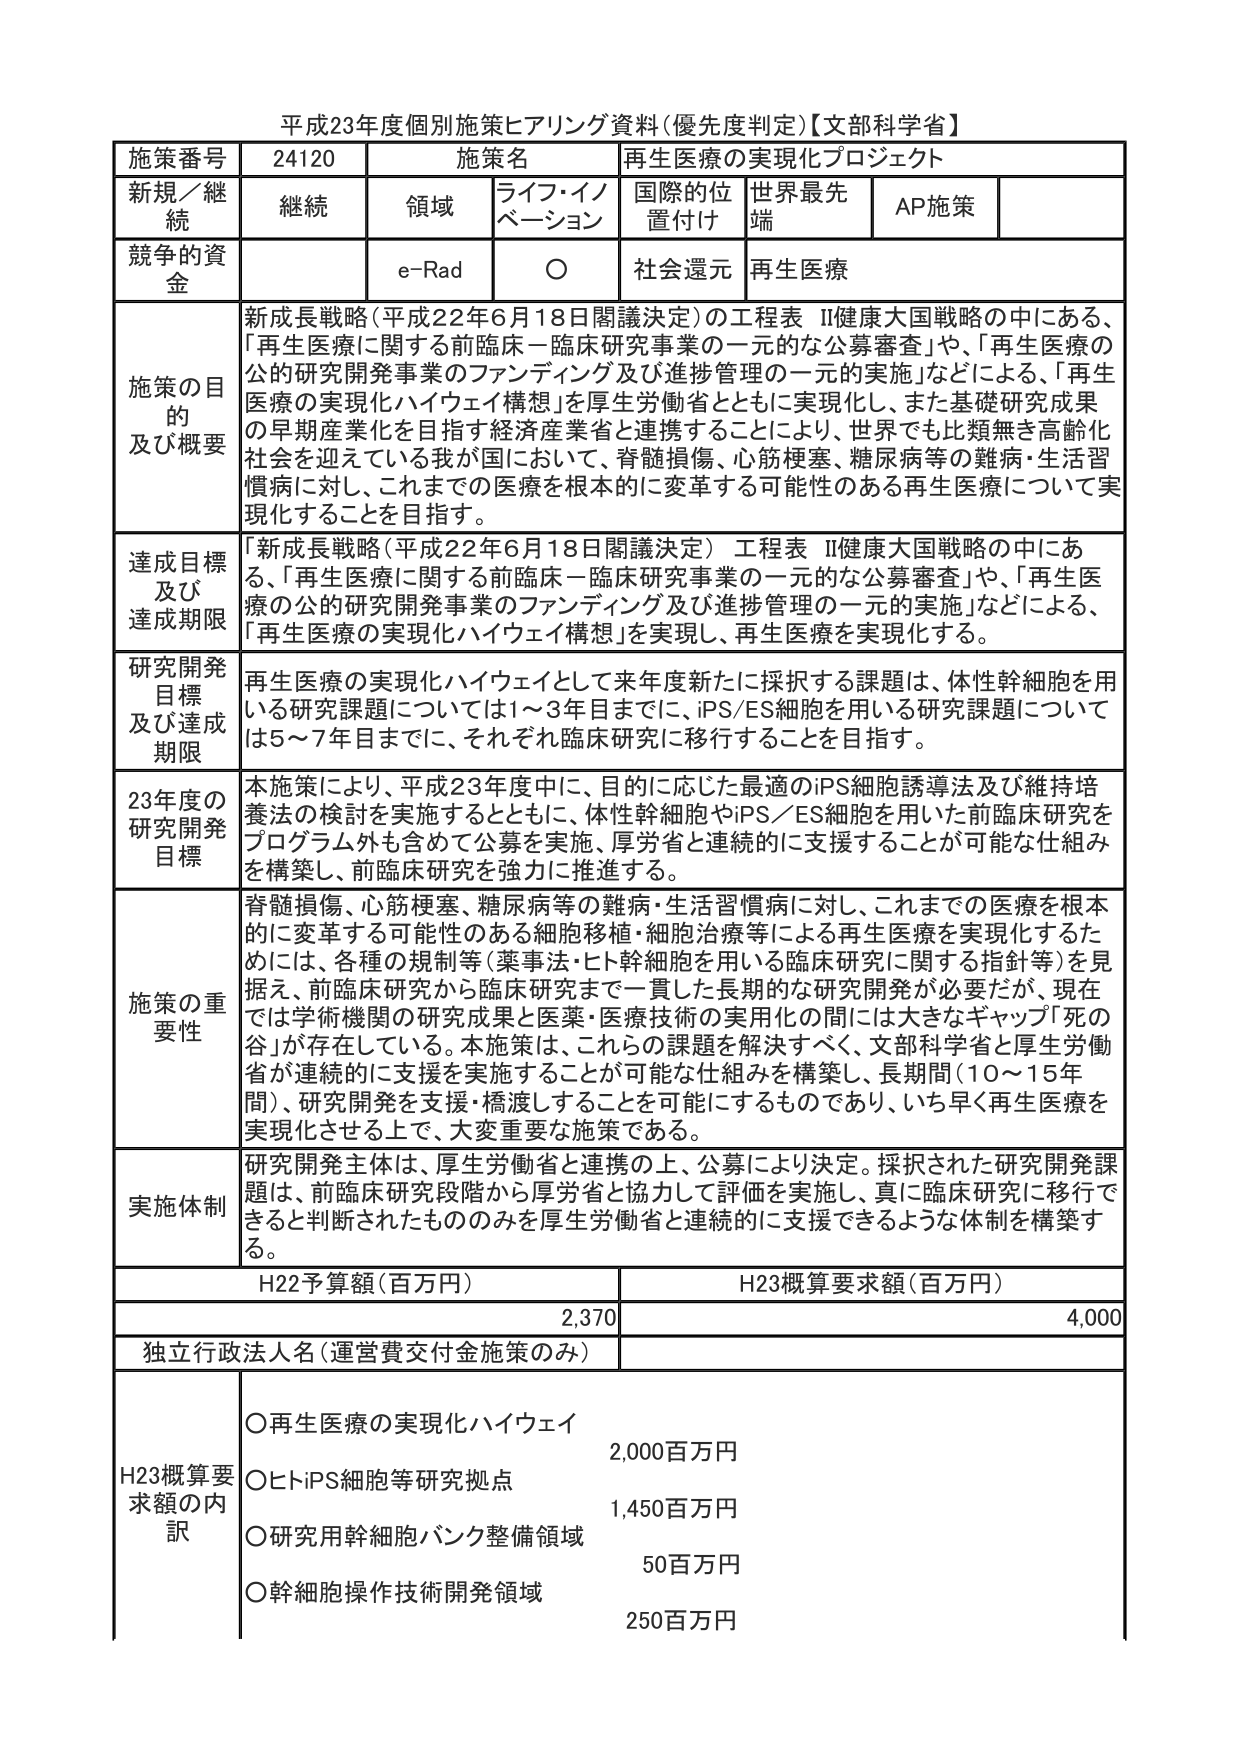
平成23年度個別施策ヒアリング資料(優先度判定)【文部科学省】

施策番号 24120 施策名 再生医療の実現化プロジェクト

新規／継続 継続 領域 ライフ・イノベーション 国際的位置付け 世界最先端 AP施策

競争的資金 e-Rad ○ 社会還元 再生医療

施策の目的及び概要 新成長戦略（平成22年6月18日閣議決定）の工程表Ⅱ健康大国戦略の中にある、「再生医療に関する前臨床－臨床研究事業の一元的な公募審査」や、「再生医療の公的研究開発事業のファンディング及び進捗管理の一元的実施」などによる、「再生医療の実現化ハイウェイ構想」を厚生労働省とともに実現化し、また基礎研究成果の早期産業化を目指す経済産業省と連携することにより、世界でも比類無き高齢化社会を迎えている我が国において、脊髄損傷、心筋梗塞、糖尿病等の難病・生活習慣病に対し、これまでの医療を根本的に変革する可能性のある再生医療について実現化することを目指す。

達成目標及び達成期限 「新成長戦略（平成22年6月18日閣議決定）工程表Ⅱ健康大国戦略の中にある、「再生医療に関する前臨床－臨床研究事業の一元的な公募審査」や、「再生医療の公的研究開発事業のファンディング及び進捗管理の一元的実施」などによる、「再生医療の実現化ハイウェイ構想」を実現し、再生医療を実現化する。

研究開発目標及び達成期限 再生医療の実現化ハイウェイとして来年度新たに採択する課題は、体性幹細胞を用いる研究課題については1～3年目までに、iPS/ES細胞を用いる研究課題については5～7年目までに、それぞれ臨床研究に移行することを目指す。

23年度の研究開発目標 本施策により、平成23年度中に、目的に応じた最適のiPS細胞誘導法及び維持培養法の検討を実施するとともに、体性幹細胞やiPS／ES細胞を用いた前臨床研究をプログラム外も含めて公募を実施、厚労省と連続的に支援することが可能な仕組みを構築し、前臨床研究を強力に推進する。

施策の重要性 脊髄損傷、心筋梗塞、糖尿病等の難病・生活習慣病に対し、これまでの医療を根本的に変革する可能性のある細胞移植・細胞治療等による再生医療を実現化するためには、各種の規制等（薬事法・ヒト幹細胞を用いる臨床研究に関する指針等）を見据え、前臨床研究から臨床研究まで一貫した長期的な研究開発が必要だが、現在では学術機関の研究成果と医薬・医療技術の実用化の間には大きなギャップ「死の谷」が存在している。本施策は、これらの課題を解決すべく、文部科学省と厚生労働省が連続的に支援を実施することが可能な仕組みを構築し、長期間（10～15年間）、研究開発を支援・橋渡しすることを可能にするものであり、いち早く再生医療を実現化させる上で、大変重要な施策である。

実施体制 研究開発主体は、厚生労働省と連携の上、公募により決定。採択された研究開発課題は、前臨床研究段階から厚労省と協力して評価を実施し、真に臨床研究に移行できると判断されたもののみを厚生労働省と連続的に支援できるような体制を構築する。

H22予算額（百万円） 2,370 H23概算要求額（百万円） 4,000

独立行政法人名（運営費交付金施策のみ）

H23概算要求額の内訳
○再生医療の実現化ハイウェイ 2,000百万円
○ヒトiPS細胞等研究拠点 1,450百万円
○研究用幹細胞バンク整備領域 50百万円
○幹細胞操作技術開発領域 250百万円